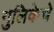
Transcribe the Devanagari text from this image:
गुलिकेचे